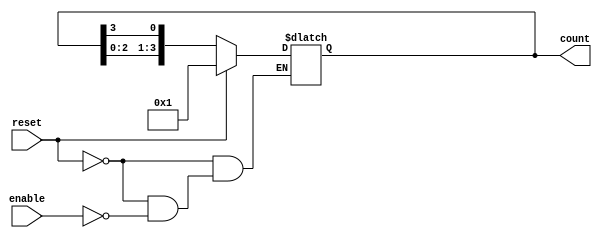
module async_ring_counter (
    input wire reset,       // Asynchronous reset signal
    input wire enable,      // Enable signal to trigger counting
    output reg [3:0] count  // 4-bit output for the counter state
);

    // Initial state of the counter
    initial begin
        count = 4'b0001; // Start with the first state
    end

    always @(*) begin
        if (reset) begin
            count = 4'b0001; // Reset to the first state
        end else if (enable) begin
            // Shift the '1' bit to the next position
            count = {count[2:0], count[3]}; // Rotate the bits
        end
    end
endmodule